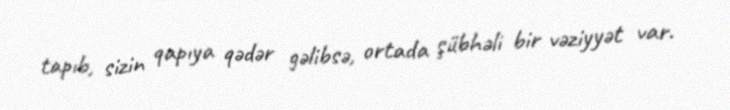
tapıb, sizin qapıya qədər gəlibsə, ortada şübhəli bir vəziyyət var.